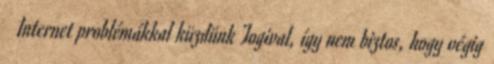
Internet problémákkal küzdünk Togival, így nem biztos, hogy végig